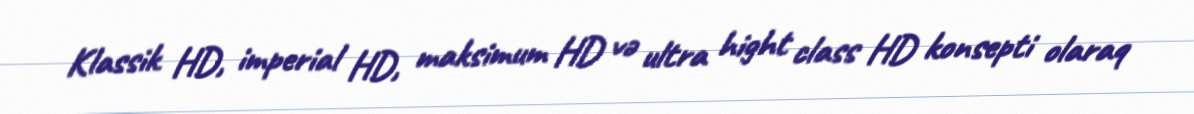
Klassik HD, imperial HD, maksimum HD və ultra hight class HD konsepti olaraq